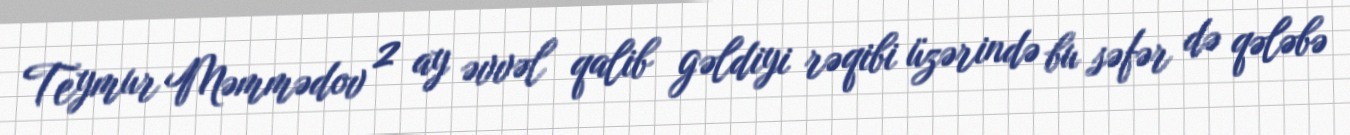
Teymur Məmmədov 2 ay əvvəl qalib gəldiyi rəqibi üzərində bu səfər də qələbə